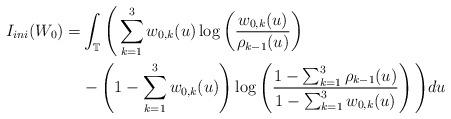
LaTeX: \begin{align*}I_{ini}(W_0)=&\int_{\mathbb{T}}\Bigg(\sum_{k=1}^3w_{0,k}(u)\log\left(\frac{w_{0,k}(u)}{\rho_{k-1}(u)}\right)\\&-\left(1-\sum_{k=1}^3w_{0,k}(u)\right)\log\left(\frac{1-\sum_{k=1}^3\rho_{k-1}(u)}{1-\sum_{k=1}^3w_{0,k}(u)}\right)\Bigg)du \end{align*}